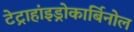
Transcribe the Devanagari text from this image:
टेट्राहांइड्रोकार्बिनोल